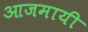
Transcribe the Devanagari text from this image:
आजमायी